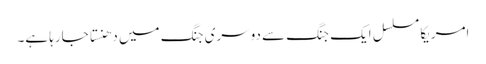
امریکا مسلسل ایک جنگ سے دوسری جنگ میں دھنستا جارہا ہے۔